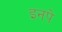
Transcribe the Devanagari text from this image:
इनपे